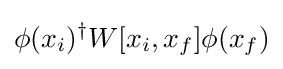
\phi (x_{i})^{\dagger }W[x_{i},x_{f}]\phi (x_{f})